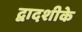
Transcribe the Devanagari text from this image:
द्वादशीके